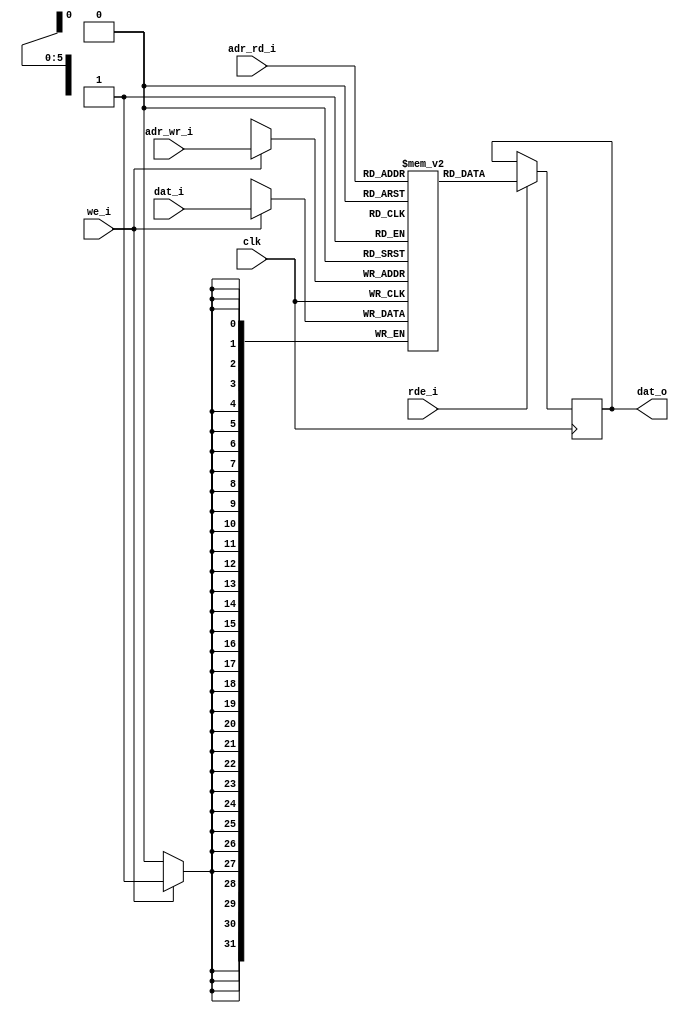
module ram (dat_i, dat_o, adr_wr_i, adr_rd_i, we_i, rde_i, clk );

   parameter dat_width = 32;
   parameter adr_width = 6;
   parameter mem_size  = 64;
   
   input [dat_width-1:0]      dat_i;
   input [adr_width-1:0]      adr_rd_i;
   input [adr_width-1:0]      adr_wr_i;
   input 		      we_i;
   input 		      rde_i; 
   output reg [dat_width-1:0] dat_o;
   input 		      clk;   
  
   reg [dat_width-1:0] ram [0:mem_size - 1]; 
   
   always @ (posedge clk)
     begin 
       	if (we_i)
	  ram[adr_wr_i] <= dat_i;
     end 

   always @ (posedge clk)
     begin 
        if (rde_i)
	  dat_o <= ram[adr_rd_i];
     end
endmodule